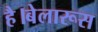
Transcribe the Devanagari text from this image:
है।बेलारूस